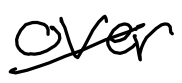
Text: over
Cross-out: diagonal
Writing tool: digital_black